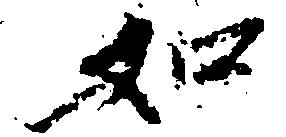
如